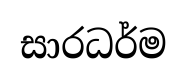
සාරධර්ම